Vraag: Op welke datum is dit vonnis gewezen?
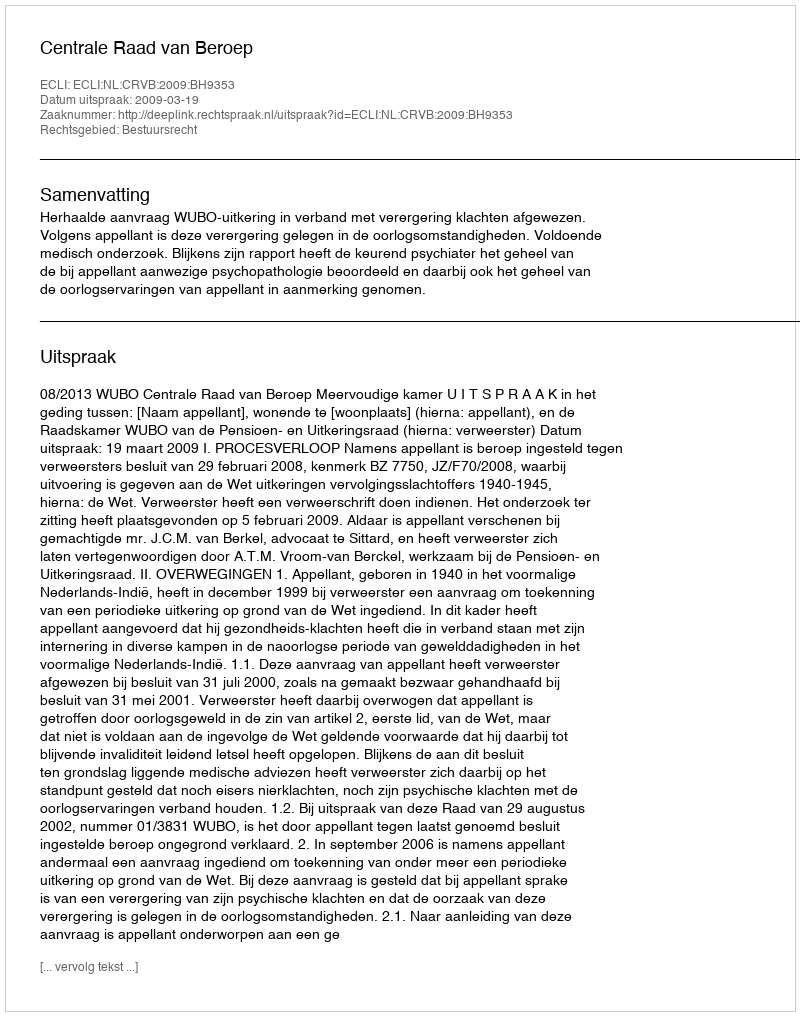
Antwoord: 2009-03-19